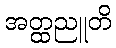
အတ္ထညူတိ